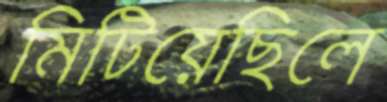
মিটিয়েছিলে